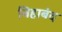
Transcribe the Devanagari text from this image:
बिहाबंद